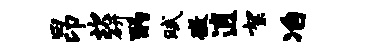
昂坎研酌赋徵逍絮冶